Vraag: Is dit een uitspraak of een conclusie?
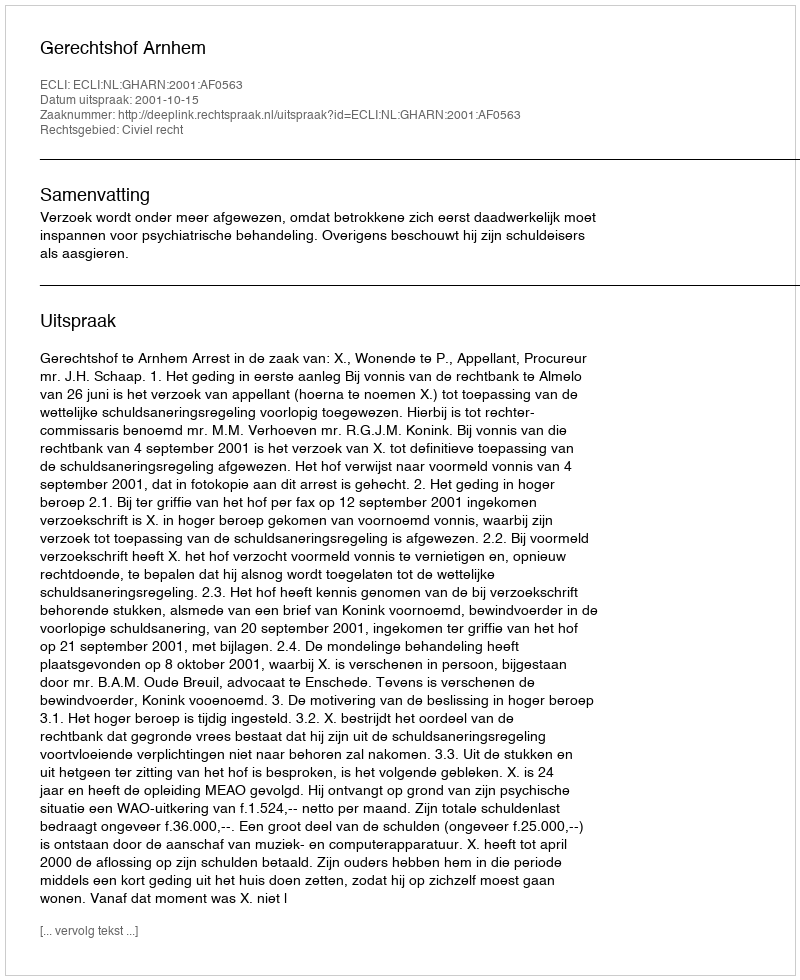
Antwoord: Uitspraak